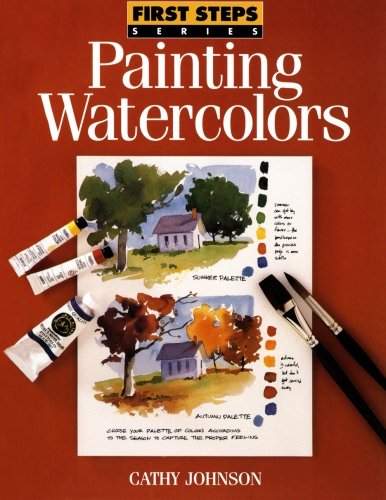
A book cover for Painting Watercolors (First Steps); Cathy Johnson; Arts & Photography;